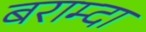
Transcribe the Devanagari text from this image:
बराम्दा